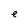
Character: e